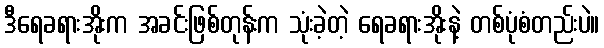
ဒီရေခရားအိုးက အခင်းဖြစ်တုန်းက သုံးခဲ့တဲ့ ရေခရားအိုးနဲ့ တစ်ပုံစံတည်းပဲ။